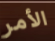
الأمر